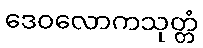
ဒေဝလောကသုတ္တံ